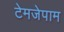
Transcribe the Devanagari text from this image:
टेमजेपाम